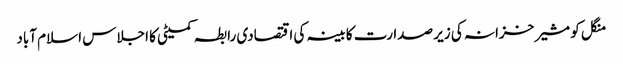
منگل کو مشیر خزانہ کی زیر صدارت کابینہ کی اقتصادی رابطہ کمیٹی کا اجلاس اسلام آباد